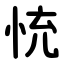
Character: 㤝